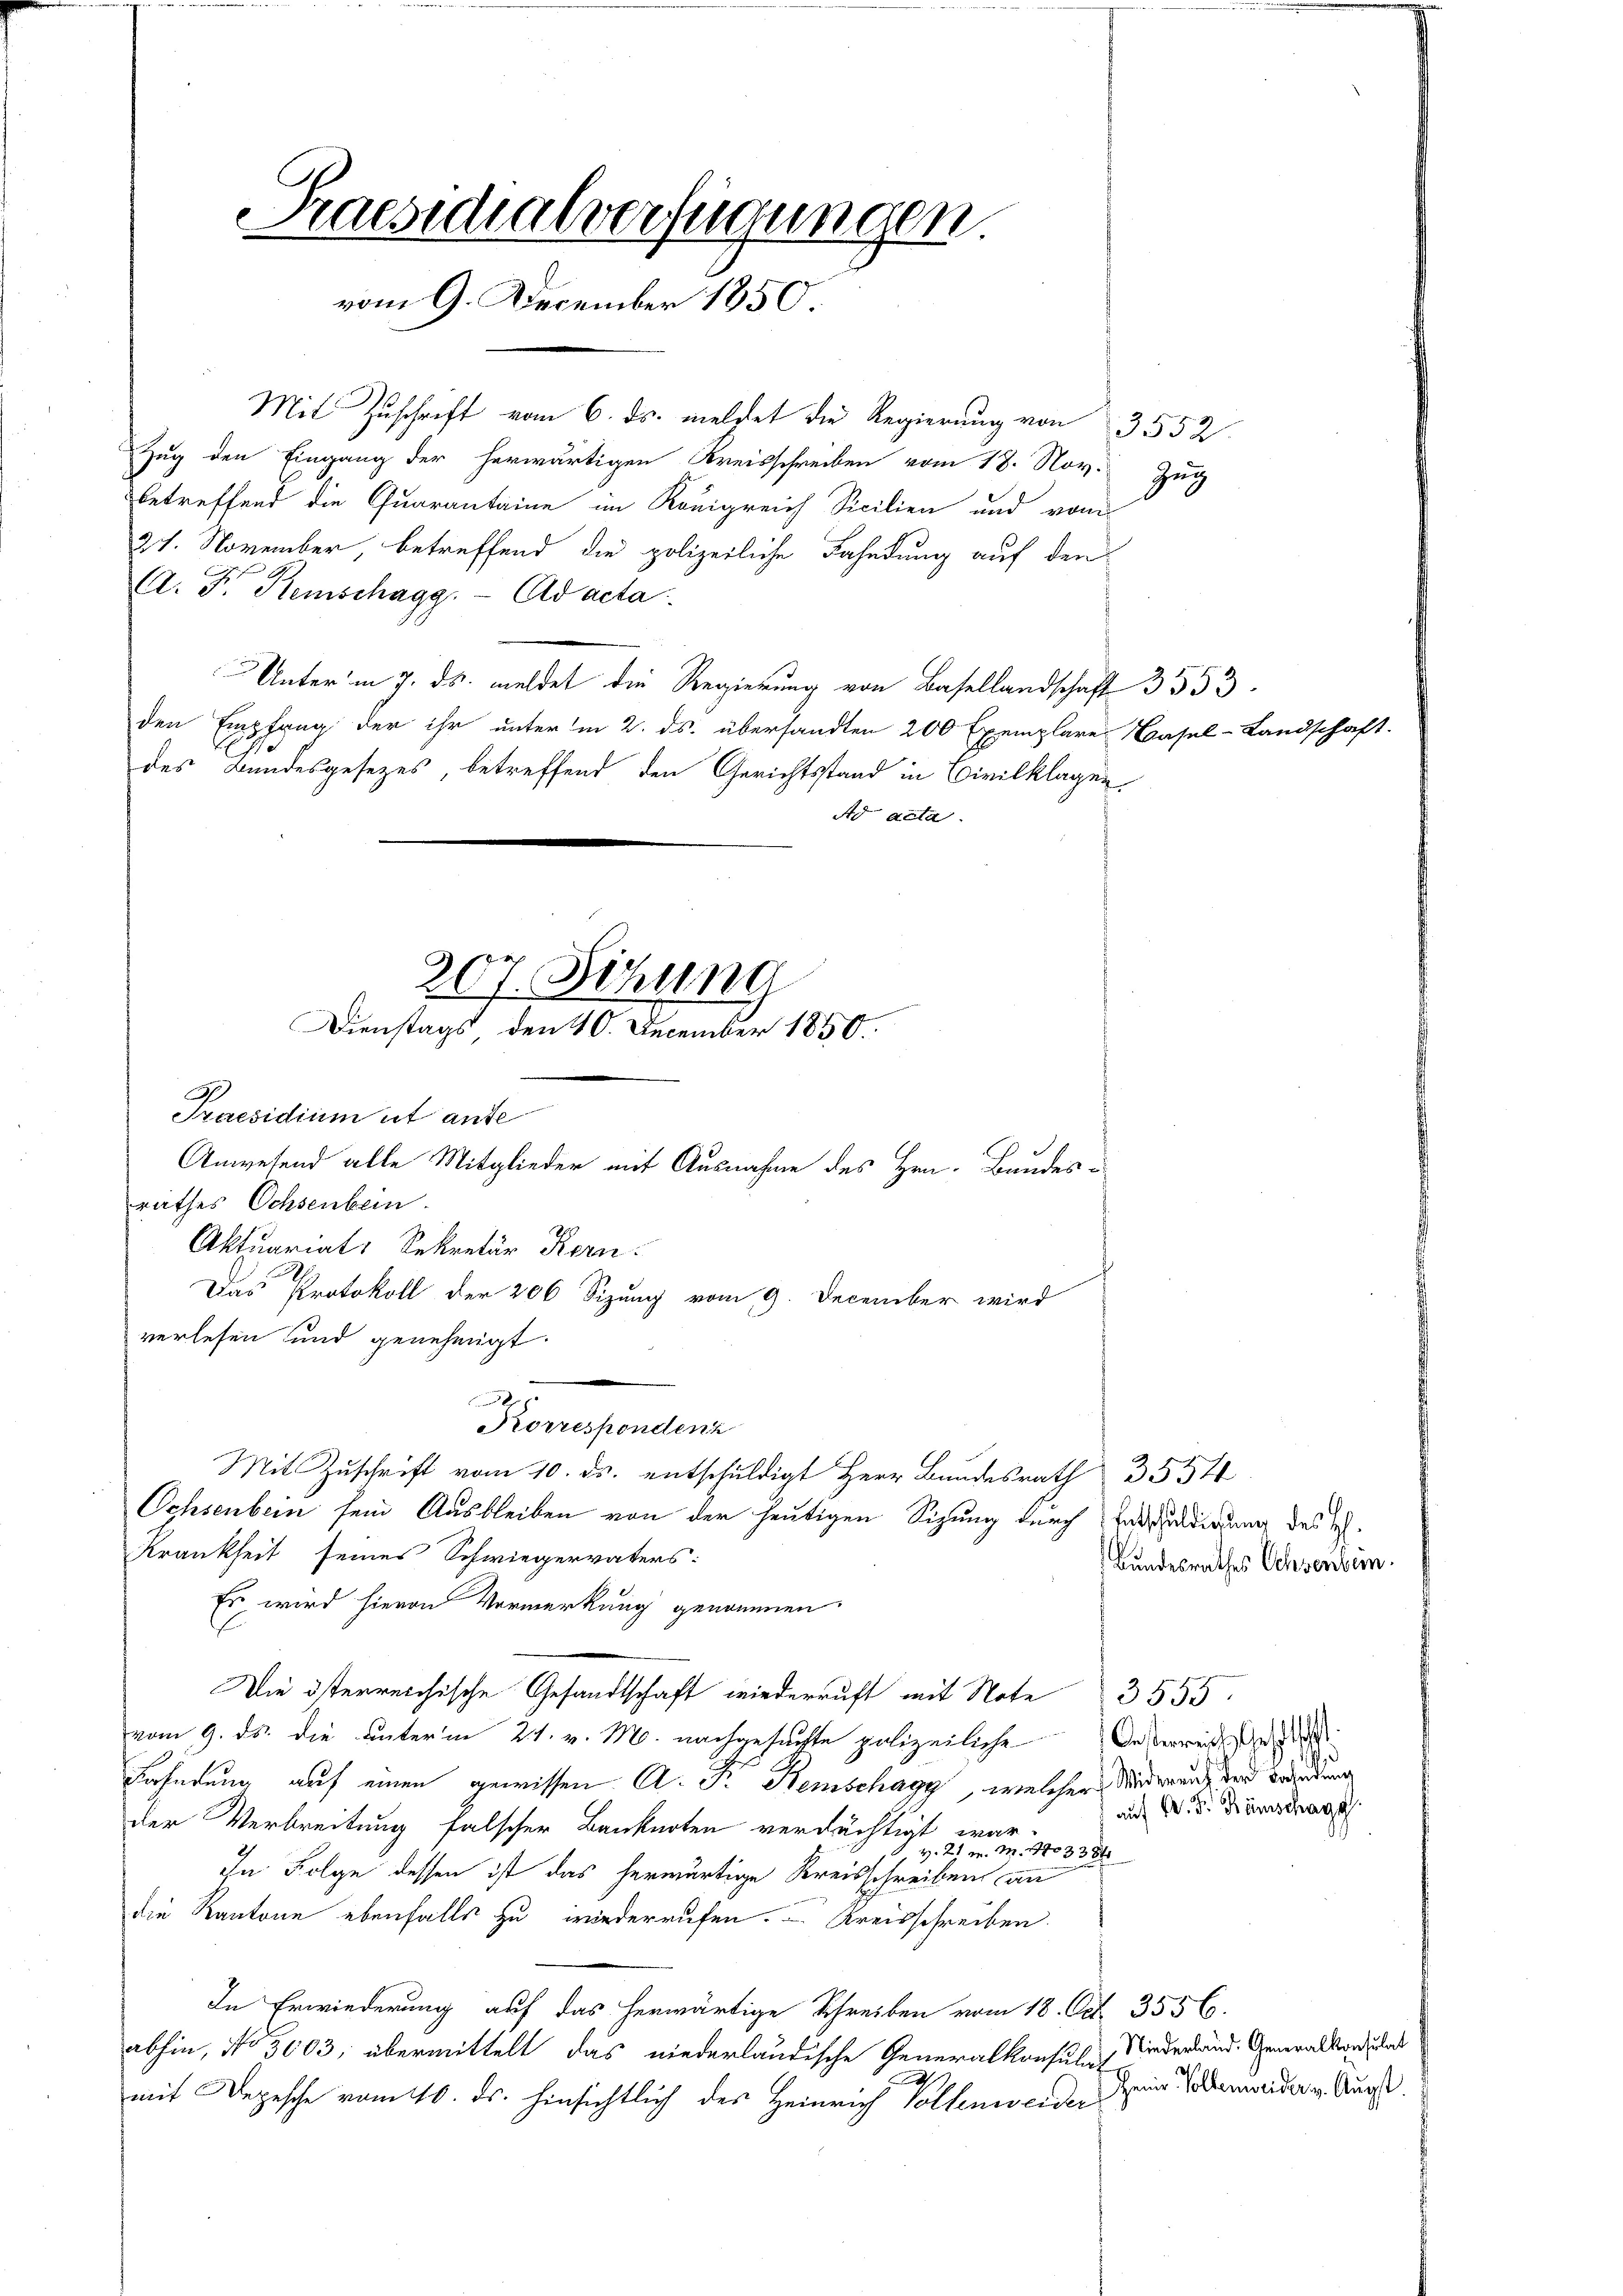
Praesidialverfügungen
vom 9. December 1850

Mit Zuschrift vom 6. ds. meldet die Regierung von 3552
Zug den Eingang der herwärtigen Kreisschreiben vom 18. Nov. Zug
betreffend die Quarantaine im Königreich Sicilien und vom
21. November, betreffend die polizeiliche Fahndung auf den
A. F. Remschagg. - Ad acta
Unterm 7. ds. meldet die Regierung von Basellandschaft 3553
den Empfang der ihr unter in 2. ds. übersandten 200 Exemplare Basel-Landschaft.
des Bundesgesetzes, betreffend den Gerichtsstand in Civilklagen
Ad acta.

207. Sitzung
Dienstags, den 140. December 1850.

A
Praesidium et aufe
Anwesend alle Mitglieder mit Ausnahme des Hrn. Bundes-
rathes Ochsenbein.
Aktuariats Sekretär Kern
Das Protokoll der 206 Sizung vom 9. December wird
verlesen und genehmigt.
Korrespondenz
Mit Zŭschrift vom 10. ds. entschuldigt Herr Bundesrath 3554
Ochsenbein sein Ausbleiben von der heutigen Sizung durch Antradirung des I¬
Krankheit seines Schwiegervaters:
Es wird hievon Vormerkung genommen
Die österreichische Gesandtschaft wiederruft mit Note 3555.
vom 9. ds. die unterm 21. v. M. nachgesuchte polizeiliche
Kahnung auf einen gewissen A. Fr. Remschagg, welcher Wideren, und beiden
der Verbreitung falscher Banknoten verdächtigt war.
1, v. 21. M. 17033 84
ihn Folge dessen ist das herwärtige Kreisschreiben an
die Kantone ebenfalls zu wiederrufen. Kreisschreiben.
In Erwiederung auf das herwärtige Schreiben vom 18. Oct. 3556.
abhin, No 3003; übermittelt das niederländische Generalkonsula-
.
mit Depesche vom 16. ds. hinsichtlich des Heinrich Vollenweiden wir oderneider v. Ausst.

Bundesrathes Ochsenbein.

Oesterreiches Gesellsch
auf C. Fr. Kömschagg

Niederland. Generalkonsulat